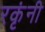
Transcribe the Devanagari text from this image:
रकृंनी